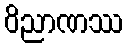
ဝိညာဏဿ